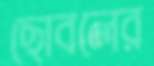
ছোবলের